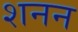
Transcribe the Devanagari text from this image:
शनन